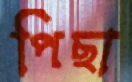
পিছা